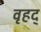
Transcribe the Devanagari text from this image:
वृहद्‌